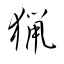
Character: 猟